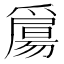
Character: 𤔰